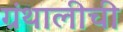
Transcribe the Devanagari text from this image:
ग्रंथालीची